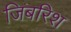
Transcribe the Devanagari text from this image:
जिबरिश